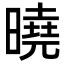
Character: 曉